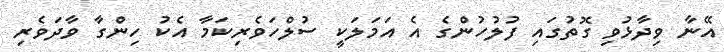
އޭނާ ވިދާޅުވި ގޮތުގައި ފުލުހުންގެ އެ އަމަލަކީ ސުލްހަވެރިކަމާ އެކު ހިންގާ ވާދަވެރި